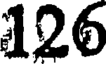
126